Sketch of the medical history of the native army of Bombay, for the year
Year: 1872
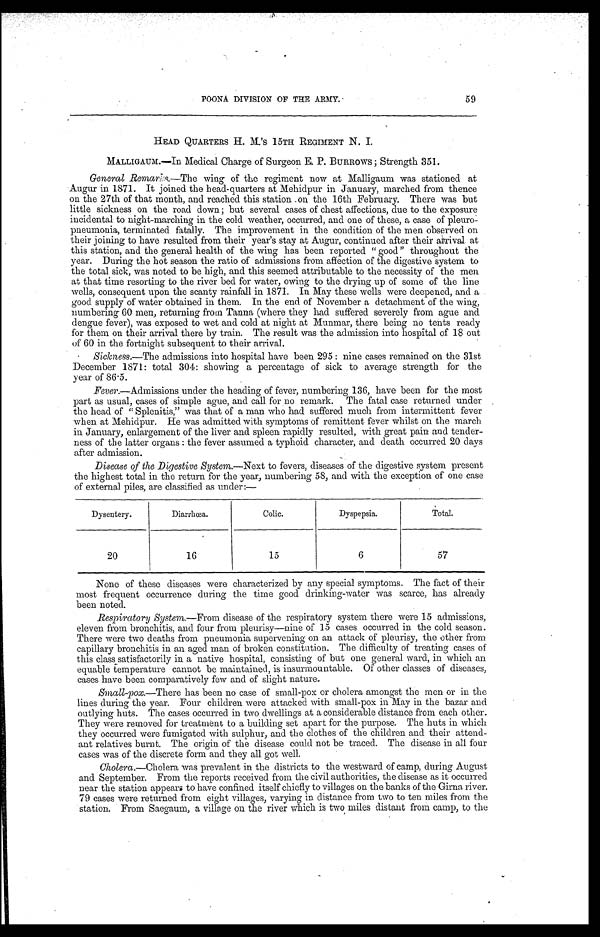
59
POONA DIVISION OF THE ARMY.
HEAD QUARTERS H. M. 'S 15TH REGIMENT N. I.
MALLIGAUM.—In Medical Charge of Surgeon E. P. BURROWS; Strength 351.
General Remarks .—The wing of the regiment now at Malligaum was stationed at
Augur in 1871. It joined the head-quarters at Mehidpur in January, marched from thence
on the 27th of that month, and reached this station on the 16th February. There was but
little sickness on the road down; but several cases of chest affections, due to the exposure
incidental to night-marching in the cold weather, occurred, and one of these, a case of pleuro
-pneumonia, terminated fatally. The improvement in the condition of the men observed on
their joining to have resulted from their year's stay at Augur, continued after their arrival at
this station, and the general health of the wing has been reported "good" throughout the
year. During the hot season the ratio of admissions from affection of the digestive system to
the total sick, was noted to be high, and this seemed attributable to the necessity of the men
at that time resorting to the river bed for water, owing to the drying up of some of the line
wells, consequent upon the scanty rainfall in 1871. In May these wells were deepened, and a
good supply of water obtained in them. In the end of November a detachment of the wing,
numbering 60 men, returning from Tanna (where they had suffered severely from ague and
dengue fever), was exposed to wet and cold at night at Munmar, there being no tents ready
for them on their arrival there by train. The result was the admission into hospital of 18 out
of 60 in the fortnight subsequent to their arrival.
Sickness.— The admissions into hospital have been 295: nine cases remained on the 31st
December 1871: total 304: showing a percentage of sick to average strength for the
year of 86.5.
Fever.—Admissions under the heading of fever, numbering 136, have been for the most
part as usual, cases of simple ague, and call for no remark. The fatal case returned under
the head of "Splenitis," was that of a man who had suffered much from intermittent fever
when at Mehidpur. He was admitted with symptoms of remittent fever whilst on the march
in January, enlargement of the liver and spleen rapidly resulted, with great pain and tender--
ness of the latter organs: the fever assumed a typhoid character, and death occurred 20 days
after admission.
Disease of the Digestive System.— Next to fevers, diseases of the digestive system present
the highest total in the return for the year, numbering 58, and with the exception of one case
of external piles, are classified as under:—
Dysentery.
Diarrhœa.
Colic.
Dyspepsia.
Total.
20
16
15
6
57
None of these diseases were characterized by any special symptoms. The fact of their
most frequent occurrence during the time good drinking-water was scarce, has already
been noted.
Respiratory System.— From disease of the respiratory system there were 15 admissions,
eleven from bronchitis, and four from pleurisy—nine of 15 cases occurred in the cold season.
There were two deaths from pneumonia supervening on an attack of pleurisy, the other from
capillary bronchitis in an aged man of broken constitution. The difficulty of treating cases of
this. class satisfactorily in a native hospital, consisting of but one general ward, in which an
equable temperature cannot be maintained, is insurmountable. Of other classes of diseases,
cases have been comparatively few and of slight nature.
Small-pox.— There has been no case of small-pox or cholera amongst the men or in the
lines during the year. Four children were attacked with small-pox in May in the bazar and
outlying huts. The cases occurred in two dwellings at a considerable distance from each other.
They were removed for treatment to a building set apart for the purpose. The huts in which
they occurred were fumigated with sulphur, and the clothes of the children and their attend-
ant relatives burnt. The origin of the disease could not be traced. The disease in all four
cases was of the discrete form and they all got well.
Cholera .—Cholera was prevalent in the districts to the westward of camp, during August
and September. From the reports received from the civil authorities, the disease as it occurred
near the station appears to have confined itself chiefly to villages on the banks of the Girna river.
79 cases were returned from eight villages, varying in distance from two to ten miles from the
station. From Saegaum, a village on the river which is two miles distant from camp, to the